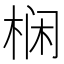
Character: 𱣡